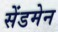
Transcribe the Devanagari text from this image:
सेंडमेन